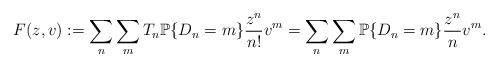
LaTeX: \begin{align*} F(z,v) := \sum_{n} \sum_{m} T_{n} \mathbb{P}\{D_{n} = m\} \frac{z^{n}}{n!} v^{m} = \sum_{n} \sum_{m} \mathbb{P}\{D_{n} = m\} \frac{z^{n}}{n} v^{m}.\end{align*}